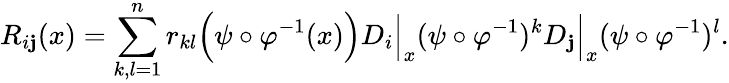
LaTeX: R_{i\mathbf{j}}(x)=\sum_{k,l=1}^{n}r_{kl}{\Big(}\psi\circ\varphi^{-1}(x){\Big)}D_{i}{\Big|}_{x}(\psi\circ\varphi^{-1})^{k}D_{\mathbf{j}}{\Big|}_{x}(\psi\circ\varphi^{-1})^{l}.